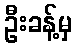
ဦးခန့်မှ